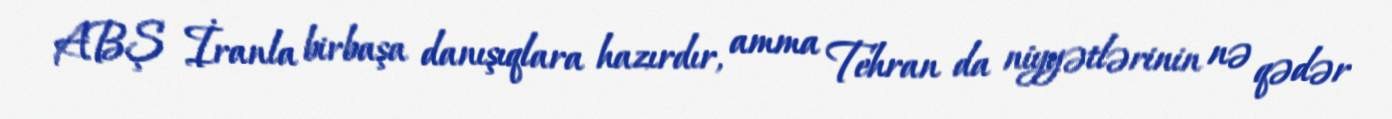
ABŞ İranla birbaşa danışıqlara hazırdır, amma Tehran da niyyətlərinin nə qədər